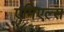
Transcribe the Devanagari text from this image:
एमिएल्स